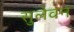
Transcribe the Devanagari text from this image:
सुलेवन